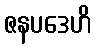
ဇနပဒေဟိ